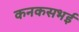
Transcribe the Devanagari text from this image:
कनकसभई